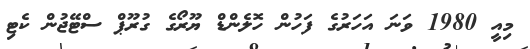
މިއީ 1980 ވަނަ އަހަރުގެ ފަހުން ހޮލެންޑް ޔޫރޯގެ ގުރޫޕް ސްޓޭޖުން ކެޓި